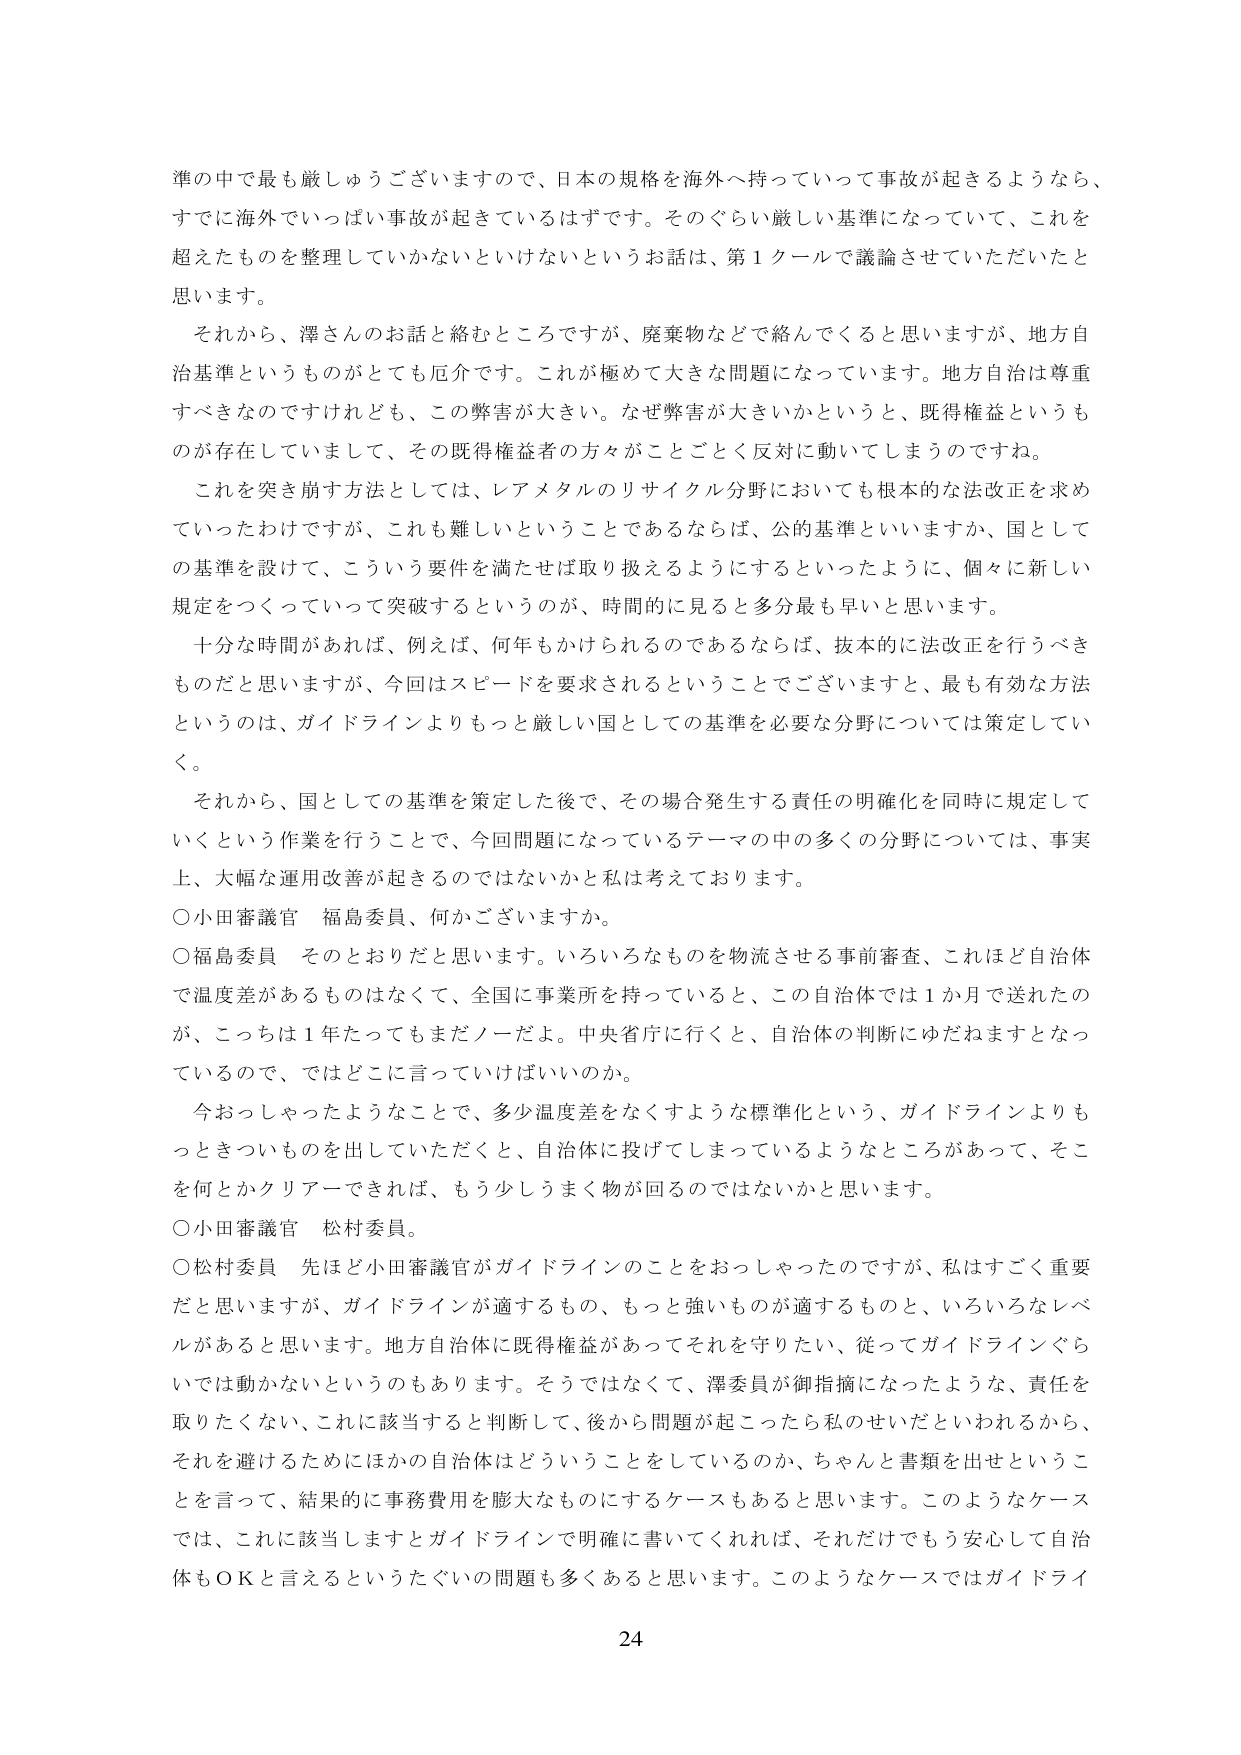
準の中で最も厳しゅうございますので、日本の規格を海外へ持っていって事故が起きるようなら、
すでに海外でいっぱい事故が起きているはずです。そのぐらい厳しい基準になっていて、これを
超えたものを整理していかないといけないというお話は、第1クールで議論させていただいたと
思います。
　それから、澤さんのお話と絡むところですが、廃棄物などで絡んでくると思いますが、地方自
治基準というものがとても厄介です。これが極めて大きな問題になっています。地方自治は尊重
すべきなのですがけれども、この弊害が大きい。なぜ弊害が大きいかというと、既得権益というも
のが存在していまして、その既得権益の方々がことごとく反対に動いてしまうのですね。
　これを突き崩す方法としては、レアメタルのリサイクル分野においても根本的な法改正を求め
ていったわけですですが、これも難しいということであるならば、公的基準といいますか、国として
の基準を設けて、こういう要件を満たせば取り扱えるようにするといったように、個々に新しい
規定をつくっていって突破するというのが、時間的に見ると多分最も早いと思います。
　十分な時間があれば、例えば、何年もかけられるのであるならば、抜本的に法改正を行うべき
ものだと思いますが、今回はスピードを要求されるということでございますと、最も有効な方法
というのは、ガイドラインよりもっと厳しい国としての基準を必要な分野については策定してい
く。
　それから、国としての基準を策定した後で、その場合発生する責任の明確化を同時に規定して
いくという作業を行うことで、今回問題になっているテーマの中の多くの分野については、事実
上、大幅な運用改善が起きるのではないかと私は考えております。
○小田審議官　福島委員、何かございますか。
○福島委員　そのとおりだと思います。いろいろなものを物流させる事前審査、これはど自治体
で温度差があるものはなくて、全国に事業所を持っていると、この自治体では1か月で送れたの
が、こっちは1年たってもまだノーだよ。中央省庁に行くと、自治体の判断にゆだねますとなっ
ているので、ではどこに言っていけばいいのか。
　今おっしゃったようなことで、多少温度差をなくすような標準化という、ガイドラインよりも
っときついものを出していただくと、自治体に投げてしまっているようなところがあって、そこ
を何とかクリアーできれば、もう少しうまく物が回るのではないかと思います。
○小田審議官　松村委員。
○松村委員　先ほど小田審議官がガイドラインのことをおっしゃったのですが、私はすごく重要
だと思いますが、ガイドラインが適するもの、もっと強いものが適するものと、いろいろなレベ
ルがあると思います。地方自治体に既得権益があってそれを守りたい、従ってガイドラインぐら
いでは動かないというのもあります。そうではなくて、澤委員が御指摘になったような、責任を
取りたくない、これに該当すると判断して、後から問題が起こったら私のせいだといわれるから、
それを避けるためにほかの自治体はどういうことをしているのか、ちゃんと書類を出せというこ
とを言って、結果的に事務費用を膨大なものにするケースもあると思います。このようなケース
では、これに該当しますとガイドラインで明確に書いてくれれば、それだけでもう安心して自治
体もＯＫと言えるというたぐいの問題も多くあると思います。このようなケースではガイドライ
24